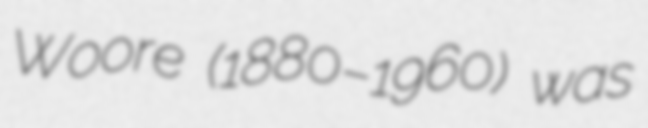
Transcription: Woore (1880–1960) was